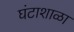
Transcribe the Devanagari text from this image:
घंटाशाळा